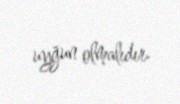
uyğun olmalıdır.